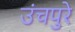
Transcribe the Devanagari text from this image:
उंचपुरे